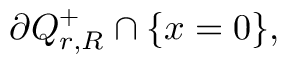
\partial Q _ { r , R } ^ { + } \cap \{ x = 0 \} ,